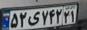
۵۲ی۷۴۲۲۱